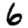
Digit: 6